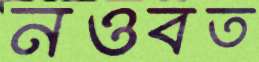
নওবত